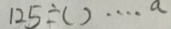
1 2 5 \div ( ) \cdots a